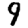
Digit: 9